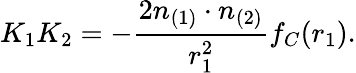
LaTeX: K_{1}K_{2}=-\frac{2n_{(1)}\cdot n_{(2)}}{r_{1}^{2}}f_{C}(r_{1}).